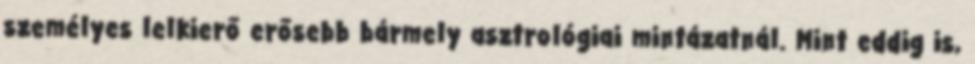
személyes lelkierő erősebb bármely asztrológiai mintázatnál. Mint eddig is,